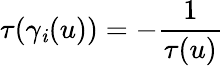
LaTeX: \tau(\gamma_{\mathit{i}}(u))=-\frac{{1}}{{\tau(u)}}